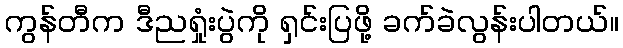
ကွန်တီက ဒီညရှုံးပွဲကို ရှင်းပြဖို့ ခက်ခဲလွန်းပါတယ်။